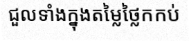
ជួលទាំងក្នុងតម្លៃថ្លៃកកប់